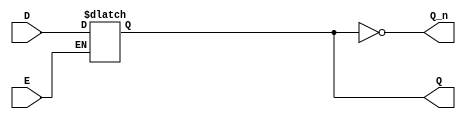
module latch_register (
    input wire D,        // Data Input
    input wire E,        // Enable signal
    output reg Q,        // Output Q
    output wire Q_n      // Complementary output (not Q)
);

// Assign the complementary output
assign Q_n = ~Q;

// Always block for level-sensitive behavior
always @(*) begin
    if (E) begin
        Q = D;          // Capture the data input when Enable is high
    end
    // If E is low, Q retains its previous state (no assignment needed)
end

endmodule